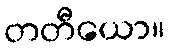
တတီယော။